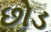
છોડ